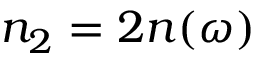
n _ { 2 } = 2 n ( \omega )